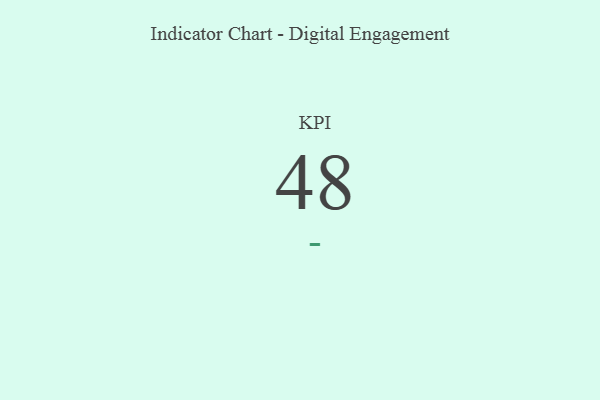
{"axis": {"x": "KPI", "y": "Value"}, "legend": [""], "data": [{"x": "KPI", "y": 48, "type": ""}]}